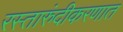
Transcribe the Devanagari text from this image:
रस्तारुंदीकरणात